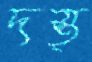
দস্ত্